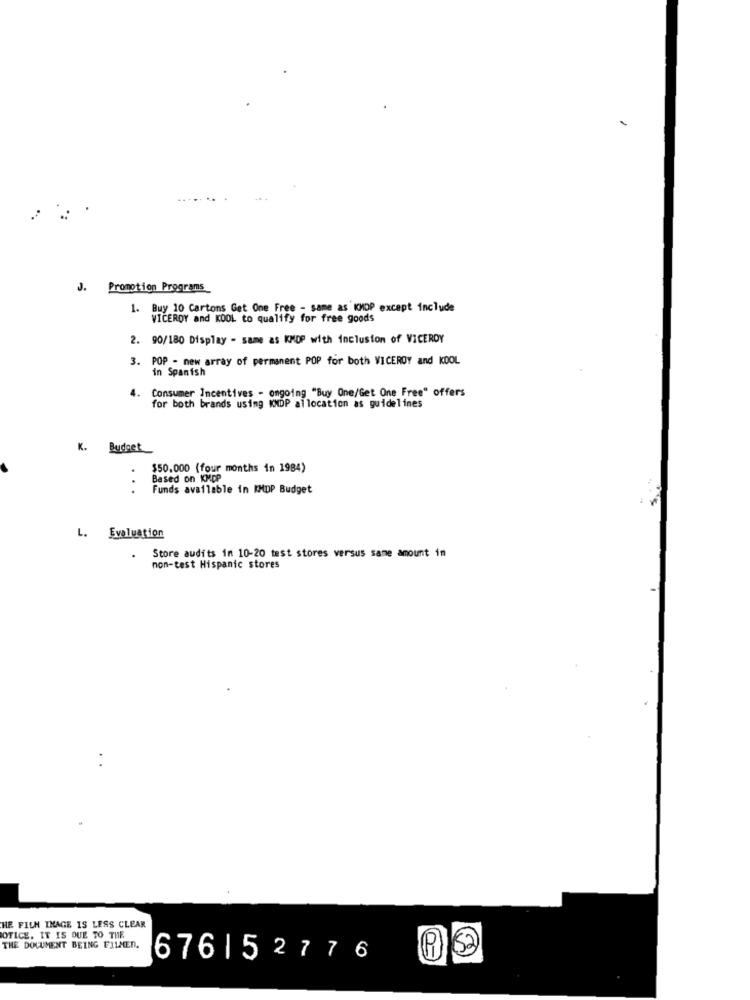
3.
Promotion Programs
1. Buy 10 Cartons Get One Free - same as KMOP except include
VICEROY and KOOL to qualify for free goods
2. 90/180 Display - same as KMDP with inclusion of VICEROY
3. POP - new array of permanent POP for both VICEROY and KOOL
in Spanish
4.
Consumer Incentives - ongoing "Buy One/Get One Free" offers
for both brands using KMDP allocation as guidelines
K. Budget
$50.000 (four months in 1984)
Based on KMDP
Funds available in KMDP Budget
L. Evaluation
Store audits in 10-20 test stores versus same amount in
.
non-test Hispanic stores
HE FILM IMAGE IS LESS CLEAR
NOTICE. IT IS DUE TO THE
THE DOCUMENT BEING FILMED.
53
676| 52776